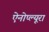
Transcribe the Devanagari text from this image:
ऐनोप्ल्यूरा